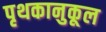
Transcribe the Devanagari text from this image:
पृथकानुकूल